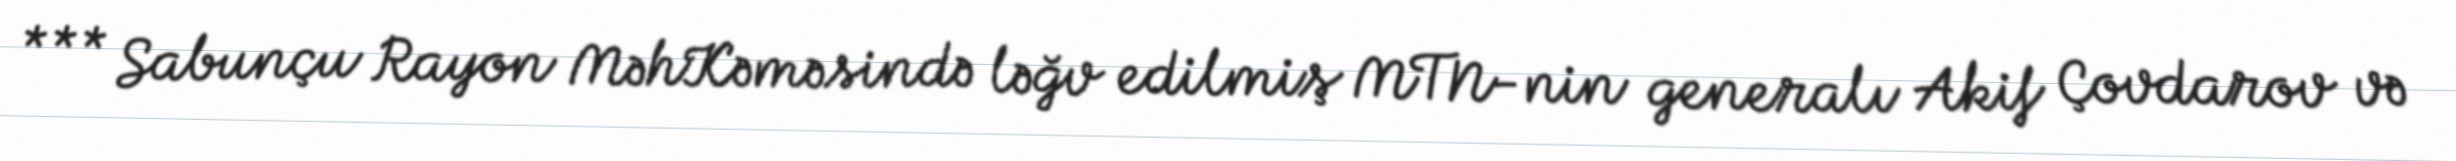
*** Sabunçu Rayon MəhKəməsində ləğv edilmiş MTN-nin generalı Akif Çovdarov və